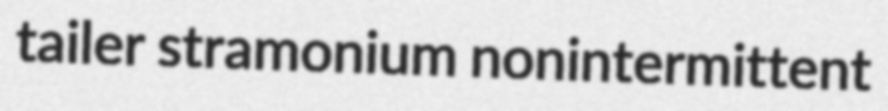
tailer stramonium nonintermittent